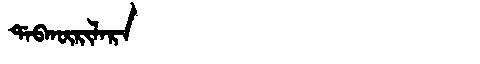
Manchu: ᡩᠠᠪᡴᡡᡵᡳᠯᠠᡵᠠ
Romanization: DABKŪRILARA